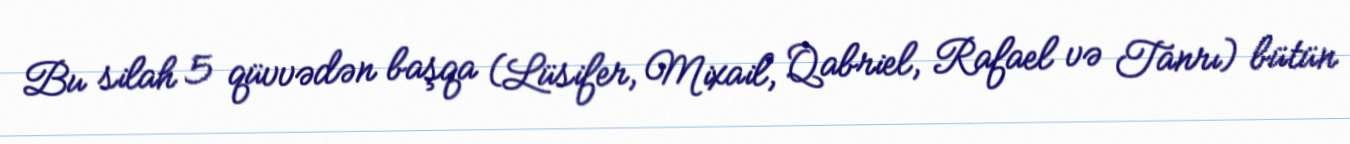
Bu silah 5 qüvvədən başqa (Lüsifer, Mixail, Qabriel, Rafael və Tanrı) bütün